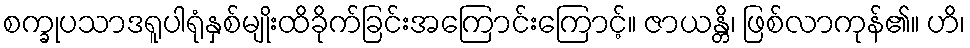
စက္ခုပသာဒရူပါရုံနှစ်မျိုးထိခိုက်ခြင်းအကြောင်းကြောင့်။ ဇာယန္တိ၊ ဖြစ်လာကုန်၏။ ဟိ၊